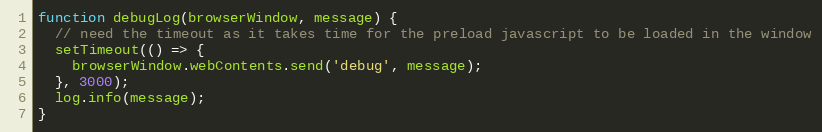
Language: JavaScript
function debugLog(browserWindow, message) {
  // need the timeout as it takes time for the preload javascript to be loaded in the window
  setTimeout(() => {
    browserWindow.webContents.send('debug', message);
  }, 3000);
  log.info(message);
}